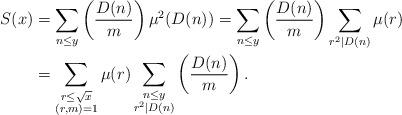
LaTeX: \begin{align*}S(x)&=\sum_{n\leq y}\left(\frac{D(n)}{m}\right)\mu^{2}(D(n))= \sum_{n\leq y}\left(\frac{D(n)}{m}\right)\sum_{r^2\mid D(n)}\mu(r)\\&= \sum_{\substack{r\leq \sqrt{x}\\(r, m)=1}}\mu(r)\sum_{\substack{n\leq y\\r^{2}\mid D(n)}}\left(\frac{D(n)}{m}\right).\end{align*}